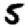
Digit: 5